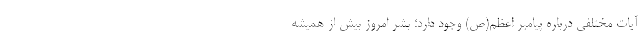
آیات مختلفی درباره پیامبر اعظم(ص) وجود دارد؛ بشر امروز بیش از همیشه